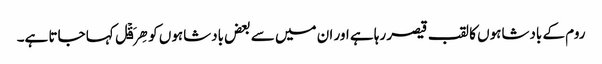
روم کے بادشاہوں کا لقب قیصر رہا ہے اور ان میں سے بعض بادشاہوں کو ھِرَقۡل کہا جاتا ہے۔